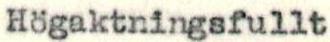
Högaktningsfullt